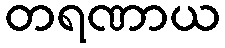
တရဏာယ